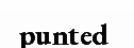
punted